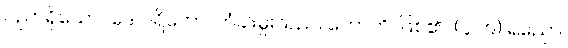
ပညာရှိသော။ ဒေါဝါရိကော၊ တံခါးမှူးသည်။ ဟောတိ၊ ဖြစ်၏။ (၄၇၉) ရညော၊